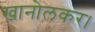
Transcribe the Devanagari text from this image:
खानोलकर।